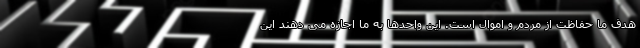
هدف ما حفاظت از مردم و اموال است. این واحدها به ما اجازه می دهند این